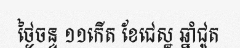
ថ្ងៃចន្ទ ១១កើត ខែជេស្ឋ ឆ្នាំជូត